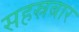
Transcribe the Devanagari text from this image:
सहस्रबार